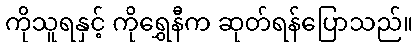
ကိုသူရနှင့် ကိုရွှေနီက ဆုတ်ရန်ပြောသည်။